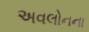
અવલોનના